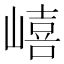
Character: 𡼎